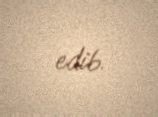
edib.